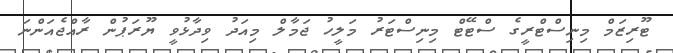
ޓޫރިޒަމް މިނިސްޓްރީގެ ސްޓޭޓް މިނިސްޓަރު މަލީހު ޖަމާލް މިއަދު ވިދާޅުވީ ޔޫރަޕުން ރާއްޖެއަންނަ